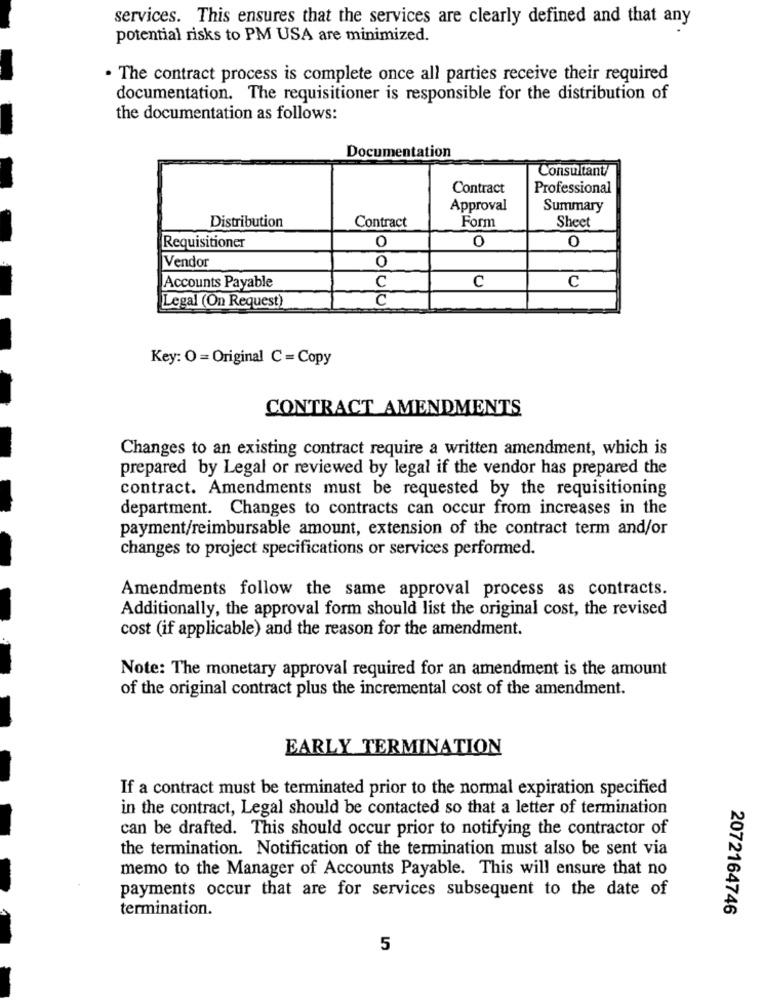
services. This ensures that the services are clearly defined and that any
potential risks to PM USA are minimized.
. The contract process is complete once all parties receive their required
documentation. The requisitioner is responsible for the distribution of
the documentation as follows:
Documentation
Consultant
Contract
Professional
Approval
Summary
Distribution
Contract
Form
Sheet
Requisitioner
O
0
0
0
Vendor
Accounts Payable
C
C
C
C
Legal (On Request)
Key: O =Original C = Copy
CONTRACT AMENDMENTS
Changes to an existing contract require a written amendment, which is
prepared by Legal or reviewed by legal if the vendor has prepared the
contract. Amendments must be requested by the requisitioning
department. Changes to contracts can occur from increases in the
payment/reimbursable amount, extension of the contract term and/or
changes to project specifications or services performed.
Amendments follow the same approval process as contracts.
Additionally, the approval form should list the original cost, the revised
cost (if applicable) and the reason for the amendment.
Note: The monetary approval required for an amendment is the amount
of the original contract plus the incremental cost of the amendment.
EARLY TERMINATION
If a contract must be terminated prior to the normal expiration specified
in the contract, Legal should be contacted so that a letter of termination
can be drafted. This should occur prior to notifying the contractor of
the termination. Notification of the termination must also be sent via
memo to the Manager of Accounts Payable. This will ensure that no
payments occur that are for services subsequent to the date of
termination.
2072164746
5